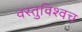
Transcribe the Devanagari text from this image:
वस्तुविश्वच